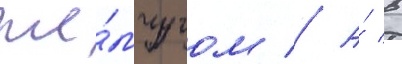
же́мчугом // А́ в